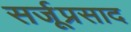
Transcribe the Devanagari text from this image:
सर्जूप्रसाद